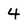
Character: 4